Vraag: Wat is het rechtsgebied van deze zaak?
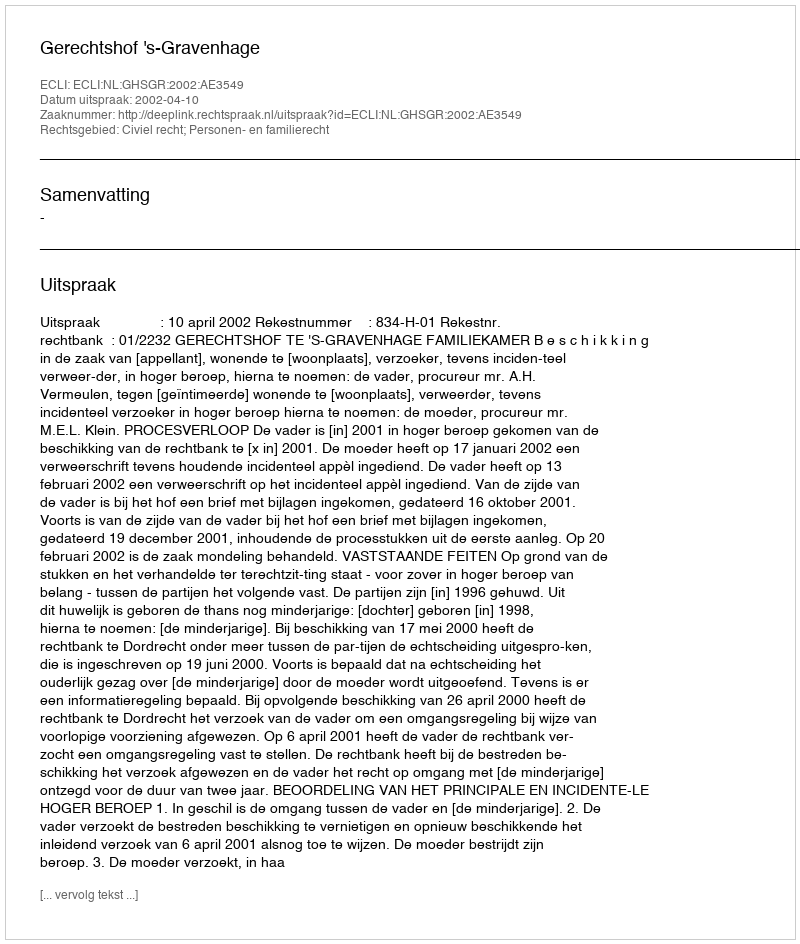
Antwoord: Civiel recht; Personen- en familierecht